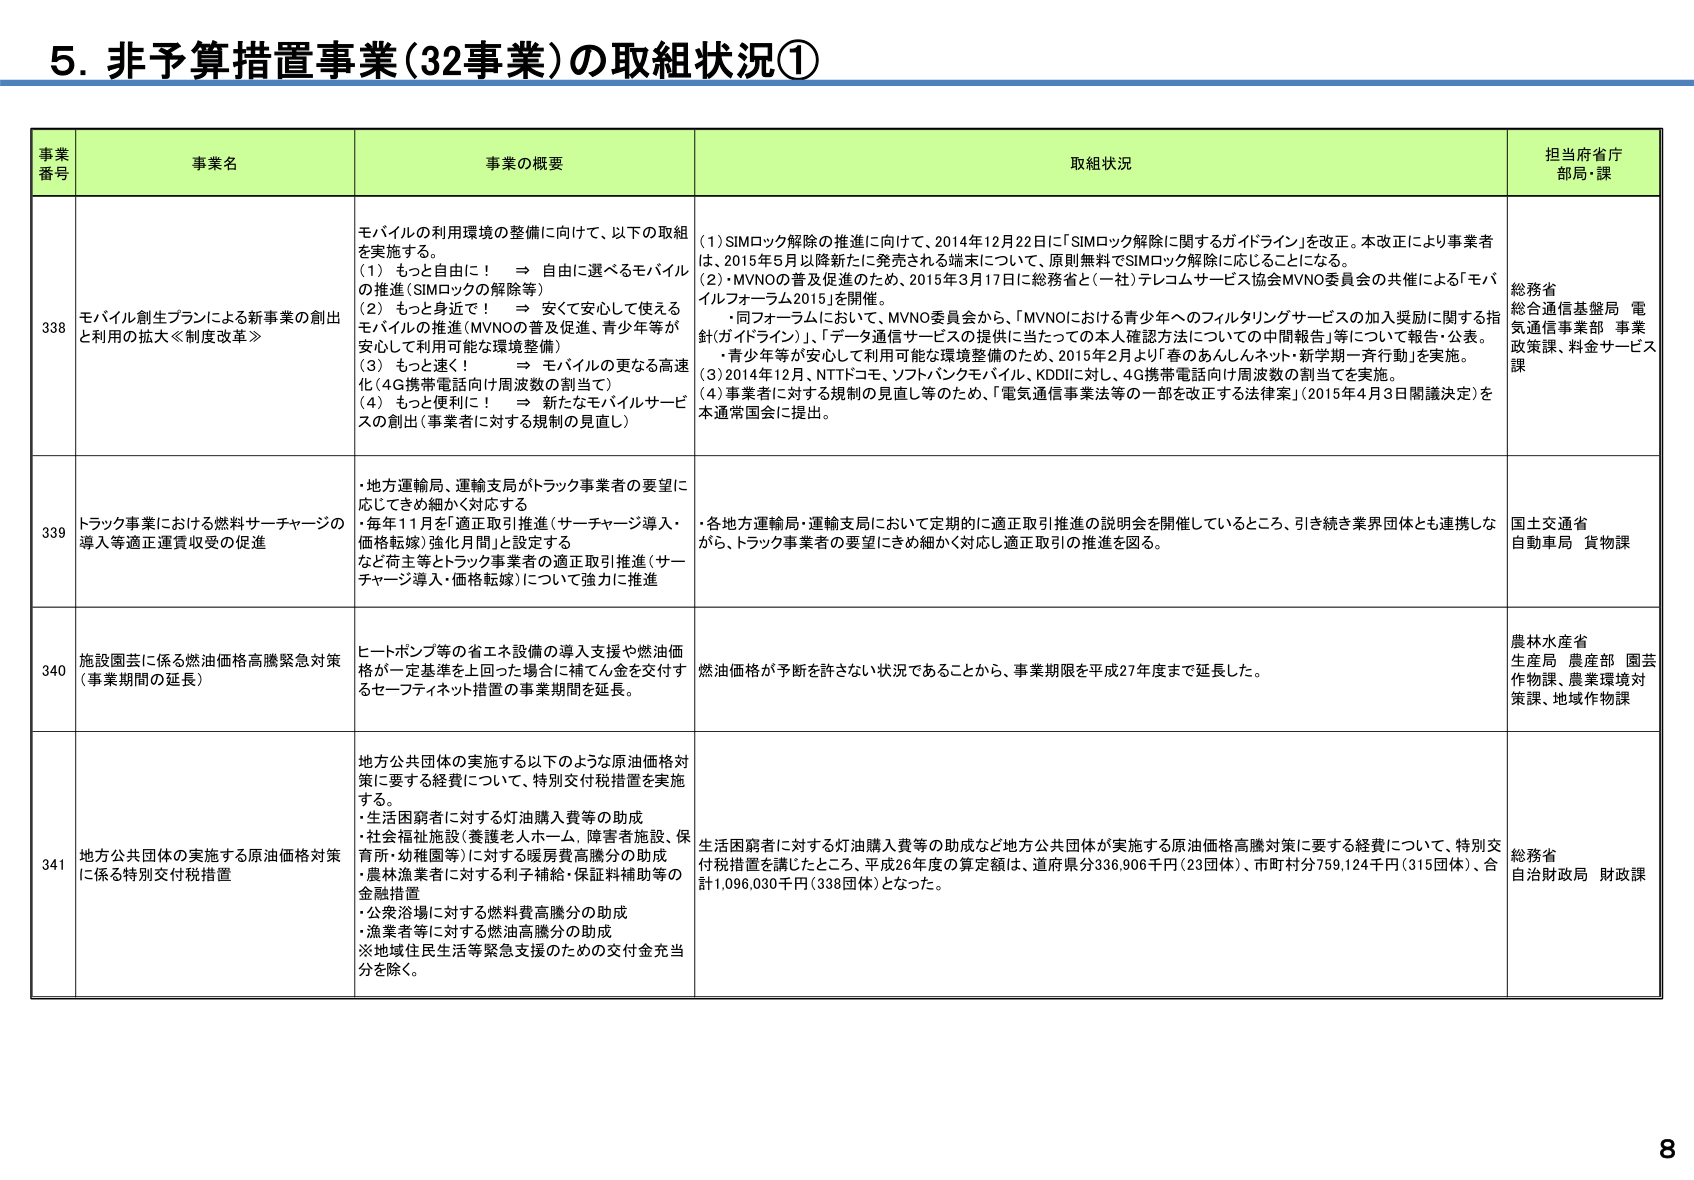
5. 非予算措置事業（32事業）の取組状況①

事業番号　事業名　事業の概要　取組状況　担当府省庁部局・課

338　モバイル創生プランによる新事業の創出と利用の拡大≪制度改革≫　モバイルの利用環境の整備に向けて、以下の取組を実施する。
（1）もっと自由に！　⇒　自由に選べるモバイルの推進（SIMロック解除等）
（2）もっと身近で！　⇒　安くて安心して使えるモバイルの推進（MVNOの普及促進、青少年等が安心して利用可能な環境整備）
（3）もっと速く！　⇒　モバイルの更なる高速化（4G携帯電話向け周波数の割当て）
（4）もっと便利に！　⇒　新たなモバイルサービスの創出（事業者に対する規制の見直し）
（1）SIMロック解除の推進に向けて、2014年12月22日に「SIMロック解除に関するガイドライン」を改正。本改正により事業者は、2015年5月以降新たに発売される端末について、原則無料でSIMロック解除に応じることになる。
（2）・MVNOの普及促進のため、2015年3月17日に総務省と（一社）テレコムサービス協会MVNO委員会の共催による「モバイルフォーラム2015」を開催。
　・同フォーラムにおいて、MVNO委員会から、「MVNOにおける青少年へのフィルタリングサービスの加入奨励に関する指針（ガイドライン）」、「データ通信サービスの提供に当たっての本人確認方法についての中間報告」等について報告・公表。
　・青少年等が安心して利用可能な環境整備のため、2015年2月より「春のあんしんネット・新学期一斉行動」を実施。
（3）2014年12月、NTTドコモ、ソフトバンクモバイル、KDDIに対し、4G携帯電話向け周波数の割当てを実施。
（4）事業者に対する規制の見直し等のため、「電気通信事業法等の一部を改正する法律案」（2015年4月3日閣議決定）を本通常国会に提出。
総務省
総合通信基盤局　電気通信事業部　事業政策課、料金サービス課

339　トラック事業における燃料サーチャージの導入等適正運賃収受の促進　・地方運輸局、運輸支局がトラック事業者の要望に応じてきめ細かく対応する
・毎年11月を「適正取引推進（サーチャージ導入・価格転嫁）強化月間」と設定する
・など荷主等とトラック事業者の適正取引推進（サーチャージ導入・価格転嫁）について強力に推進
・各地方運輸局・運輸支局において定期的に適正取引推進の説明会を開催しているところ、引き続き業界団体とも連携しながら、トラック事業者の要望にきめ細かく対応し適正取引の推進を図る。
国土交通省
自動車局　貨物課

340　施設園芸に係る燃油価格高騰緊急対策（事業期間の延長）　ヒートポンプ等の省エネ設備の導入支援や燃油価格が一定基準を上回った場合に補てん金を交付するセーフティネット措置の事業期間を延長。
燃油価格が予断を許さない状況であることから、事業期限を平成27年度まで延長した。
農林水産省
生産局　農産部　園芸作物課、農業環境対策課、地域作物課

341　地方公共団体の実施する原油価格対策に係る特別交付税措置　地方公共団体の実施する以下のような原油価格対策に要する経費について、特別交付税措置を実施する。
・生活困窮者に対する灯油購入費等の助成
・社会福祉施設（養護老人ホーム、障害者施設、保育所・幼稚園等）に対する暖房費高騰分の助成
・農林漁業者に対する利子補給・保証料補助等の金融措置
・公衆浴場に対する燃料費高騰分の助成
・漁業者等に対する燃油高騰分の助成
※地域住民生活等緊急支援のための交付金充当分を除く。
生活困窮者に対する灯油購入費等の助成など地方公共団体が実施する原油価格高騰対策に要する経費について、特別交付税措置を講じたところ、平成26年度の算定額は、道府県分336,906千円（23団体）、市町村分759,124千円（315団体）、合計1,096,030千円（338団体）となった。
総務省
自治財政局　財政課

8